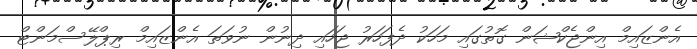
އެންޒައިމް އިންޖެކްޝަން ގޮތުގައި މަހަކު ދެފަހަރު ޖަހައި ދިނުން ނުވަތަ އެންޒައިމް ރިޕްލޭސްމަންޓް